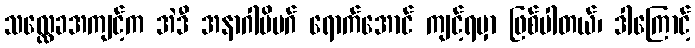
သလ္လေခအကျင့်က အဲဒီ အနာဂါမိမဂ် ရောက်အောင် ကျင့်ရမှာ ဖြစ်ပါတယ်၊ ဒါကြောင့်